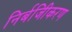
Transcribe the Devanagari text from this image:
निर्बजिीकरण